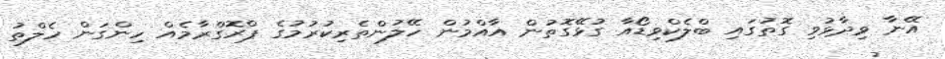
އޭނާ ވިދާޅުވި ގޮތުގައި ބްލެކްވިޑޯއާ ގުޅޭގޮތުން އާއްމުން ހޭލުންތެރިކުރުމުގެ ޕްރޮގްރާމެއް ހިންގަން ހެލްތު